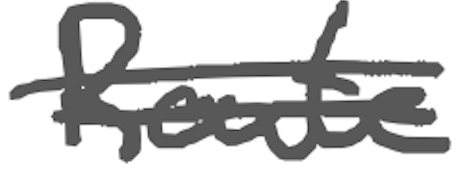
Text: Route
Cross-out: double-line
Writing tool: digital_gray